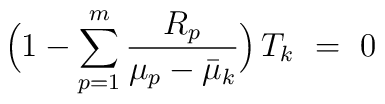
\Bigl( 1-\sum_{p=1}^m \frac{R_p}{\mu_p-\bar{\mu}_k} \Bigr)\,T_k\ =\ 0